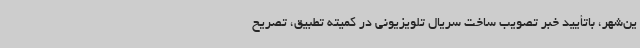
ین‌شهر، باتأیید خبر تصویب ساخت سریال تلویزیونی در کمیته تطبیق، تصریح